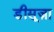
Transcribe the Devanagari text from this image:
डीसूज़ा